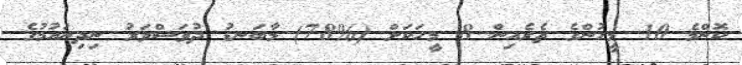
ކޮންމެ 10 މީހުންގެ ތެރެއިން 8 މީހަކަށް (%78) މާބަނޑު ދުވަސްވަރު ނިދިނައުމުގެ